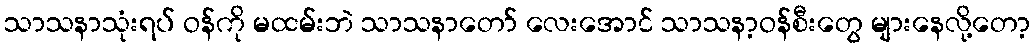
သာသနာသုံးရပ် ဝန်ကို မထမ်းဘဲ သာသနာတော် လေးအောင် သာသနာ့ဝန်စီးတွေ များနေလို့တော့